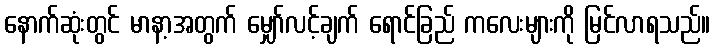
နောက်ဆုံးတွင် မာနာ့အတွက် မျှော်လင့်ချက် ရောင်ခြည် ကလေးများကို မြင်လာရသည်။